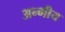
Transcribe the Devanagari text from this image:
अन्भीय